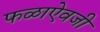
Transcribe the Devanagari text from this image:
फळाऐवजी